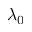
\lambda _ { 0 }